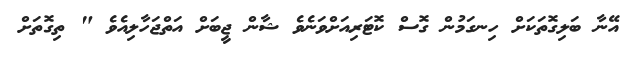
އޭނާ ބަލިގޮތަކަށް ހިނގަމުން ގޮސް ކޮޓަރިއަށްވަނެވެ ޝާން ޖީބަށް އަތްޖަހާލިއެވެ " ތިގޮތަށް